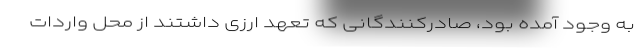
به وجود آمده بود، صادرکنندگانی که تعهد ارزی داشتند از محل واردات